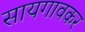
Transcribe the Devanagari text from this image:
सायगावकर